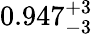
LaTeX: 0.947_{-3}^{+3}